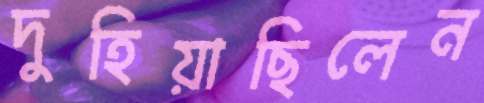
দুহিয়াছিলেন